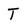
Character: T